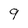
Character: 9